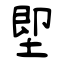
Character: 堲